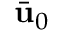
\bar { \bf u } _ { 0 }